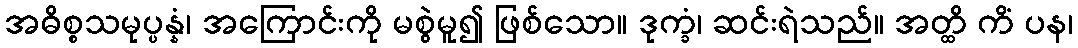
အဓိစ္စသမုပ္ပန္နံ၊ အကြောင်းကို မစွဲမူ၍ ဖြစ်သော။ ဒုက္ခံ၊ ဆင်းရဲသည်။ အတ္ထိ ကိံ ပန၊